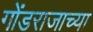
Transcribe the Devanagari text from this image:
गोंडराजाच्या